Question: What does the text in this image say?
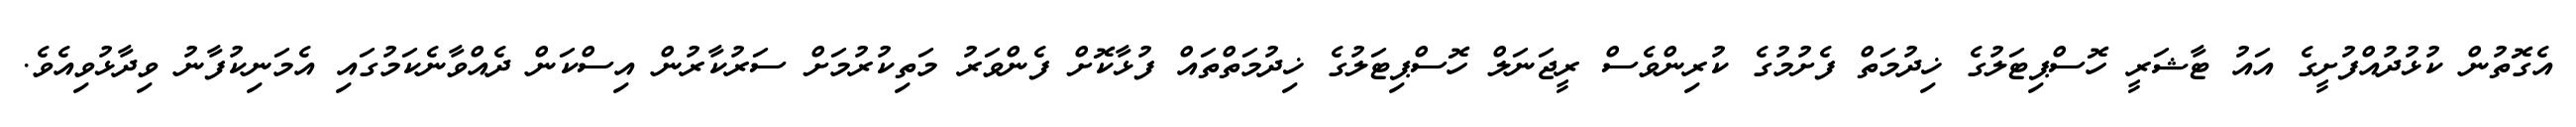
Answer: އެގޮތުން ކުޅުދުއްފުށީގެ އައު ޓާޝަރީ ހޮސްޕިޓަލުގެ ޚިދުމަތް ފެށުމުގެ ކުރިންވެސް ރީޖަނަލް ހޮސްޕިޓަލުގެ ޚިދުމަތްތައް ފުޅާކޮށް ފެންވަރު މަތިކުރުމަށް ސަރުކާރުން އިސްކަން ދެއްވާނެކަމުގައި އެމަނިކުފާނު ވިދާޅުވިއެވެ.